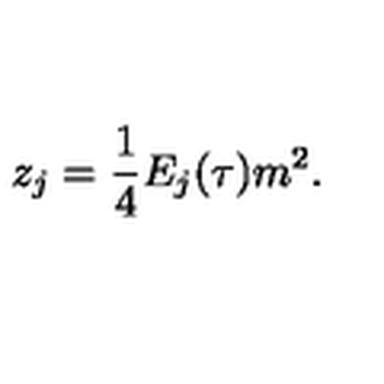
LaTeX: z _ { j } = { \frac { 1 } { 4 } } E _ { j } ( \tau ) m ^ { 2 } .